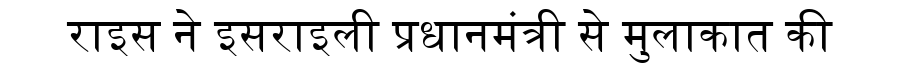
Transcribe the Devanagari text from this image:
राइस ने इसराइली प्रधानमंत्री से मुलाकात की